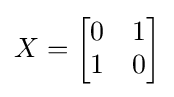
X={\begin{bmatrix}0&1\\1&0\end{bmatrix}}